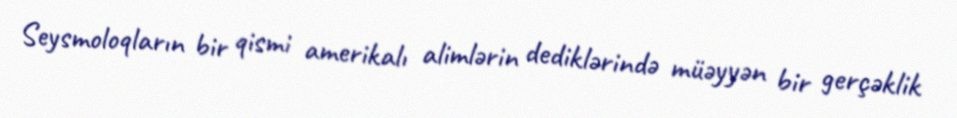
Seysmoloqların bir qismi amerikalı alimlərin dediklərində müəyyən bir gerçəklik